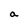
Character: a